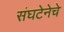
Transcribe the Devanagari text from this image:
संघटेनेचे